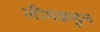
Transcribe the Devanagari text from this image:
लीगकडून